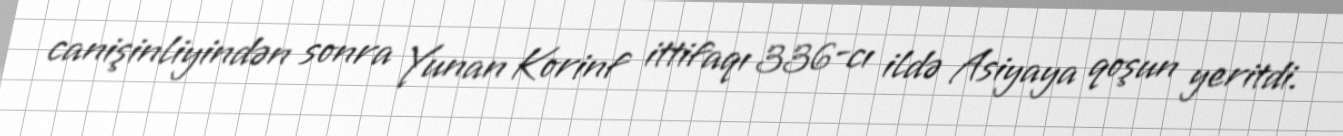
canişinliyindən sonra Yunan Korinf ittifaqı 336-cı ildə Asiyaya qoşun yeritdi.